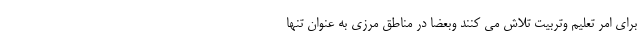
برای امر تعلیم وتربیت تلاش می کنند وبعضا در مناطق مرزی به عنوان‌ تنها